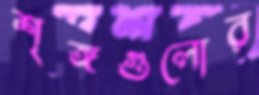
শৃঙ্গগুলোর